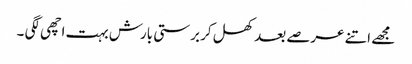
مجھے اتنے عرصے بعد کھل کر برستی بارش بہت اچھی لگی ۔